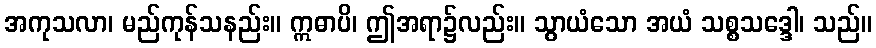
အကုသလာ၊ မည်ကုန်သနည်း။ ဣဓာပိ၊ ဤအရာ၌လည်း။ သွာယံသော အယံ သစ္စသဒ္ဒေါ၊ သည်။